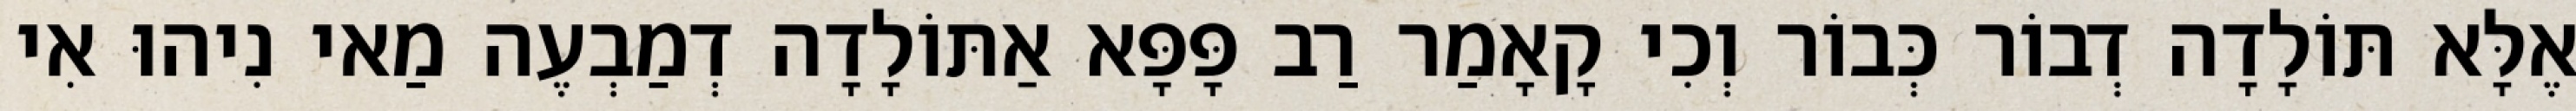
אֶלָּא תּוֹלָדָה דְבוֹר כְּבוֹר וְכִי קָאָמַר רַב פָּפָּא אַתּוֹלָדָה דְמַבְעֶה מַאי נִיהוּ אִי